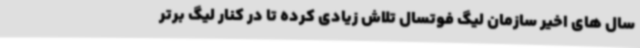
سال های اخیر سازمان لیگ فوتسال تلاش زیادی کرده تا در کنار لیگ برتر